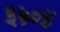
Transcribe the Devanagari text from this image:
३५०४